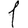
Digit: 1